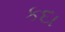
કદા